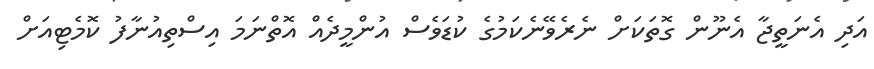
އަދި އެނަތީޖާ އެނޫން ގޮތަކަށް ނެރެވޭނެކަމުގެ ކުޑަވެސް އުންމީދެއް އޮތްނަމަ އިސްތިއުނާފު ކޮމެޓިއަށް